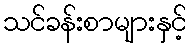
သင်ခန်းစာများနှင့်